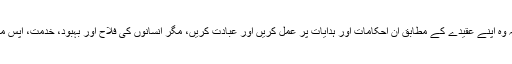
ہر مذہب میں عبادت کے مختلف انداز دیکھے جاسکتے ہیں اور ان مذاہب کے ماننے والوں پر فرض ہے کہ وہ اپنے عقیدے کے مطابق ان احکامات اور ہدایات پر عمل کریں اور عبادت کریں، مگر انسانوں کی فلاح اور بہبود، خدمت، آپس میں تعاون اور مدد کرنا ایک آفاقی عمل ہے جو کسی قوم، مذہب اور رنگ اور نسل کے لیے مخصوص نہیں۔